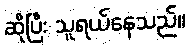
ဆိုပြီး သူရယ်နေသည်။